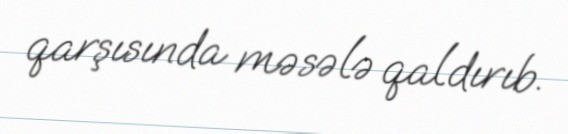
qarşısında məsələ qaldırıb.